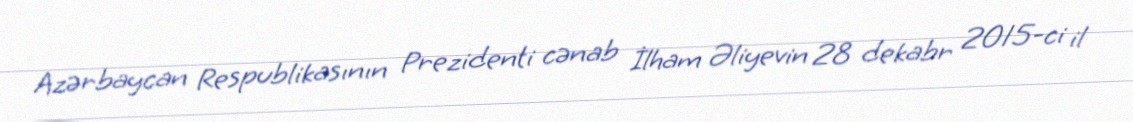
Azərbaycan Respublikasının Prezidenti cənab İlham Əliyevin 28 dekabr 2015-ci il